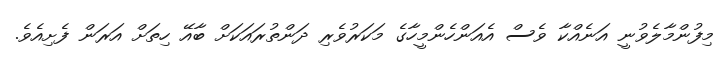
މިފުންމާލެވުނީ އަނެއްކާ ވެސް އެއަންހެންމީހާގެ މަކަރުވެރި ދަންތުރައަކަށް ބާއޭ ހިތަށް އަރަން ފެށިއެވެ.